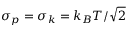
\sigma _ { p } = \sigma _ { k } = k _ { B } T / \sqrt { 2 }